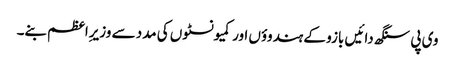
وی پی سنگھ دائیں بازو کے ہندوؤں اور کمیونسٹوں کی مدد سے وزیرِاعظم بنے۔